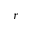
r